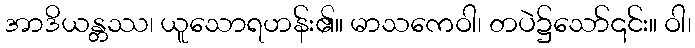
အာဒိယန္တဿ၊ ယူသောရဟန်း၏။ မာသကေဝါ၊ တပဲ၌သော်၎င်း။ ဝါ၊